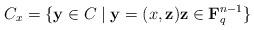
LaTeX: \begin{align*}C_x=\{\mathbf{y} \in C \mid \mathbf{y}=(x,\mathbf{z}) \mathbf{z} \in \mathbf{F}_{q}^{n-1} \}\end{align*}